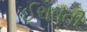
ઈરાવતી